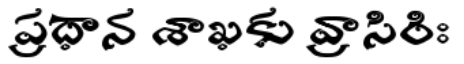
ప్రధాన శాఖకు వ్రాసిరిః